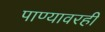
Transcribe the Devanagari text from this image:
पाण्यावरही